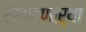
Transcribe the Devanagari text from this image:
रेखाटणाऱ्या